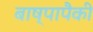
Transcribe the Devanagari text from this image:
बाष्पापैकी